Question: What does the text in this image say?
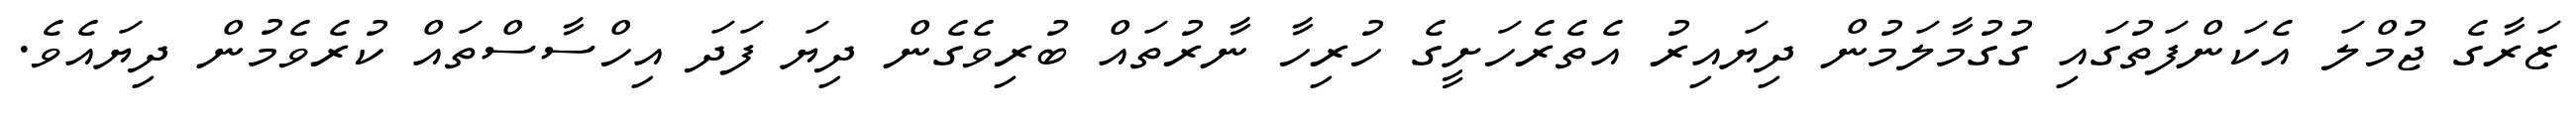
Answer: ޒަރާގެ ޖުމްލަ އެކަންފަތުގައި ގުގުމާލަމުން ދިޔައިރު އެތެރެހަށީގެ ހުރިހާ ނާރުތައް ބުރިވެގެން ދިޔަ ފަދަ އިހްސާސްތައް ކުރެވެމުން ދިޔައެވެ.